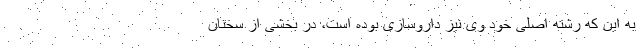
به این که رشته اصلی خود وی نیز داروسازی بوده است، در بخشی از سخنان